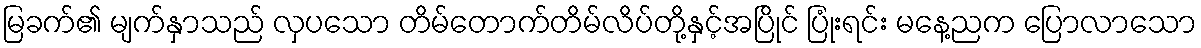
မြခက်၏ မျက်နှာသည် လှပသော တိမ်တောက်တိမ်လိပ်တို့နှင့်အပြိုင် ပြုံးရင်း မနေ့ညက ပြောလာသော